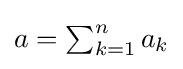
{\textstyle a=\sum _{k=1}^{n}a_{k}}